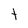
Character: t